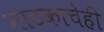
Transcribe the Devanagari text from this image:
नाटकाचेही